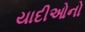
યાદીઓનો